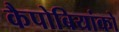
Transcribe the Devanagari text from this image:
कैपोबियांको